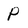
Character: P